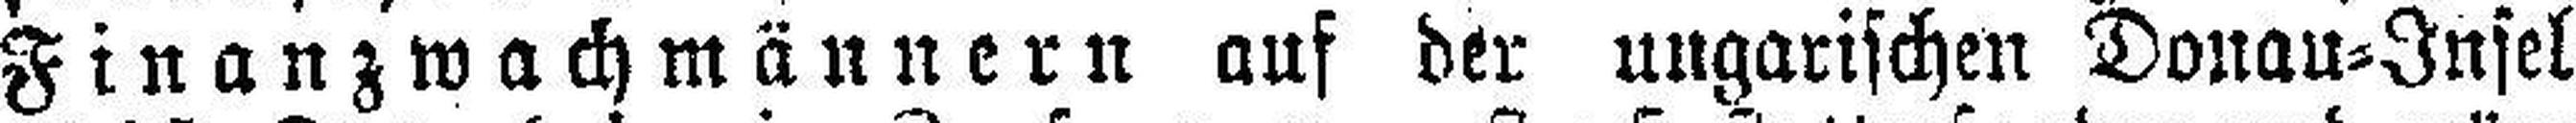
Finanzwachmännern auf der ungarischen Donau=Insel